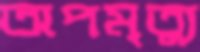
অপমৃত্যু